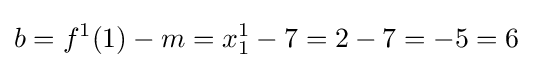
b=f^{1}(1)-m=x_{1}^{1}-7=2-7=-5=6